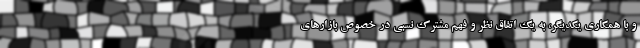
و با همکاری یکدیگر، به یک اتفاق نظر و فهم مشترک نسبی در خصوص بازارهای